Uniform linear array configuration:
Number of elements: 32
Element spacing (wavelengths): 1
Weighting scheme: kaiser
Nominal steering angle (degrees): -60
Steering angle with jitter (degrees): -58.387
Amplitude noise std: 0.05
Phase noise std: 0.05

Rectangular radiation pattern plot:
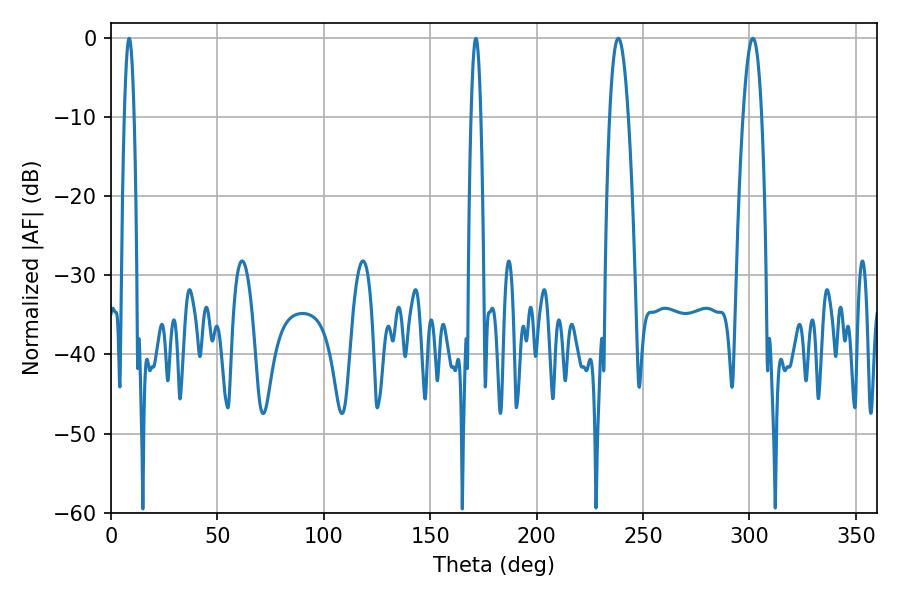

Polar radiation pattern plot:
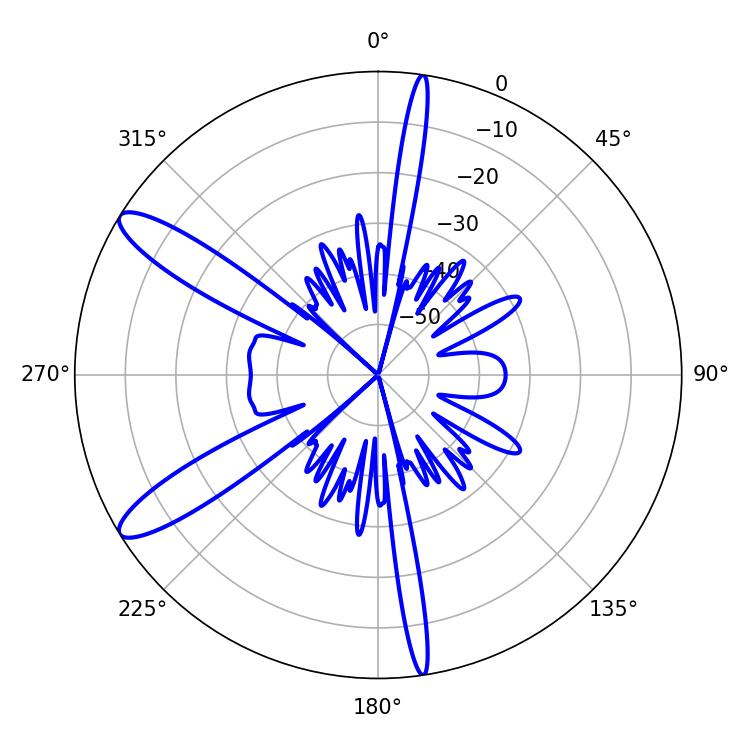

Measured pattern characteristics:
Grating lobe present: TRUE
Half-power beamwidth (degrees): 4.86
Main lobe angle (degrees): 238.32